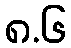
၈.၆